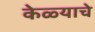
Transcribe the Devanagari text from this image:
केळ्याचे